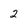
Character: 2